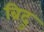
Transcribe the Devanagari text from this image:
ब्रिदु